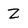
Character: Z